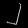
Digit: ၂